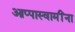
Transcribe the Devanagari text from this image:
आप्पास्‍वामींना